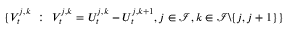
\{ V _ { t } ^ { j , k } ~ : ~ V _ { t } ^ { j , k } = U _ { t } ^ { j , k } - U _ { t } ^ { j , k + 1 } , j \in \mathcal I , k \in \mathcal I \backslash \{ j , j + 1 \} \}